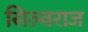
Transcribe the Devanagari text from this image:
सिल्वराज